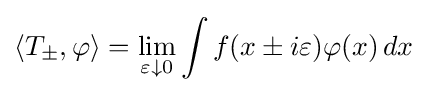
\langle T_{\pm },\varphi \rangle =\lim _{\varepsilon \downarrow 0}\int f(x\pm i\varepsilon )\varphi (x)\,dx